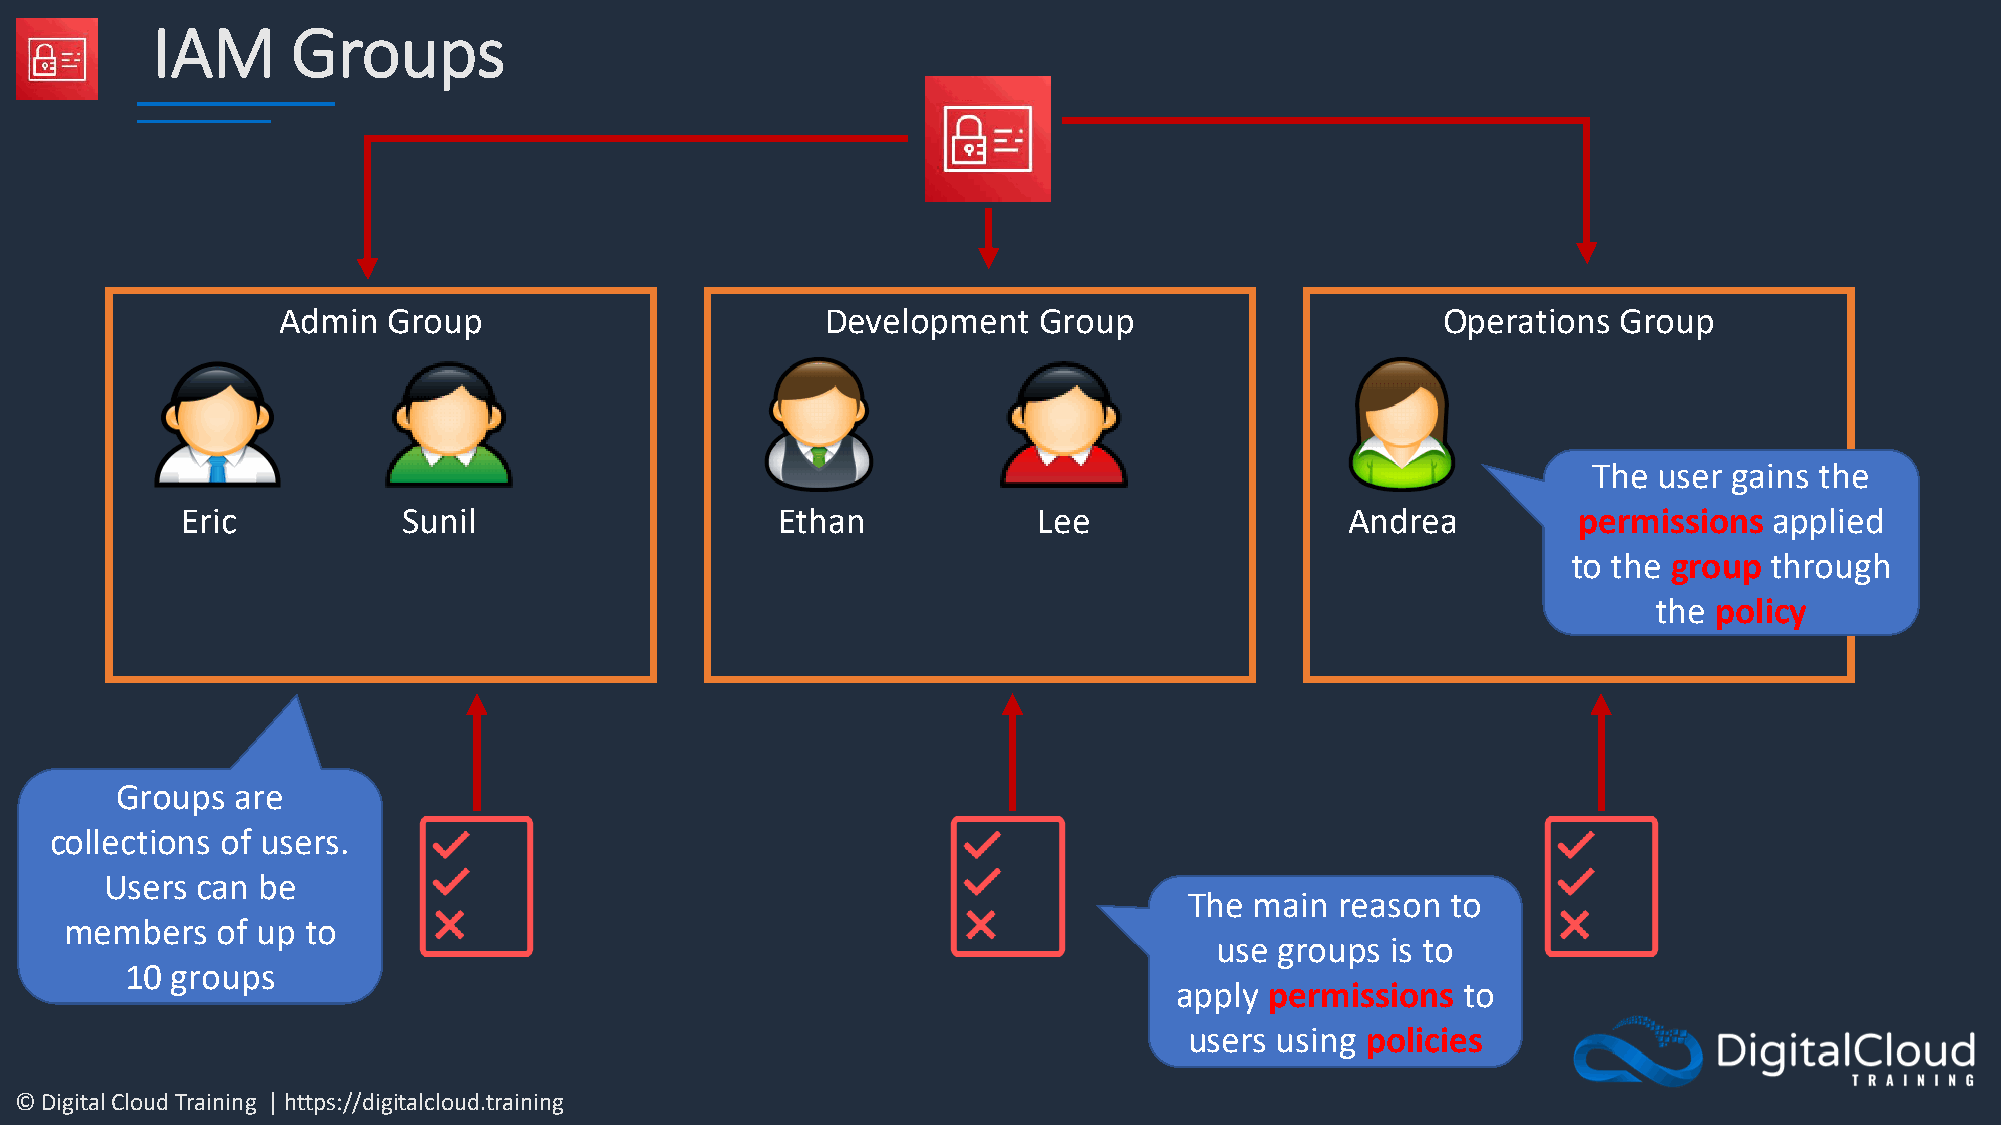
IAM      Groups
 Admin   Group                        Development   Group                     Operations  Group
 The  user gains the
 Eric           Sunil                   Ethan             Lee                 Andrea         permissions  applied
 to the group through
 the policy
 Groups  are
 collections of users.
 Users can be
 The main  reason to
 members   of up to
 use  groups is to
 10 groups
 apply permissions  to
 users using policies
 © Digital Cloud Training | https://digitalcloud.training